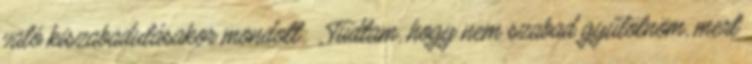
való kiszabadulásakor mondott: „Tudtam, hogy nem szabad gyűlölnöm, mert